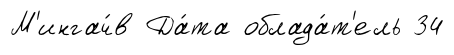
М'ингач́в Да́та облада́т'ель 34